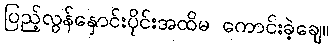
ပြည့်လွန်နှောင်းပိုင်းအထိမ ကောင်းခဲ့ချေ။